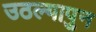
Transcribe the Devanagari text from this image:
उठल्यापुन